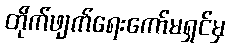
တိုက်ဖျက်ရေးကော်မရှင်မှ